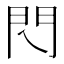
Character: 𨳉